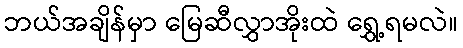
ဘယ်အချိန်မှာ မြေဆီလွှာအိုးထဲ ရွှေ့ရမလဲ။